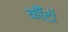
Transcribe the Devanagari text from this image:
कॉँटों